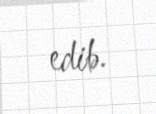
edib.